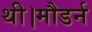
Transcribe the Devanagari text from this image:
थी।मौडर्न